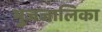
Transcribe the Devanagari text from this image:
भुजजालिका